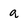
Character: g